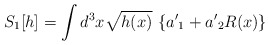
\begin{align*}S_1[h] = \int d^3x \sqrt{h(x)}~ \{ {a'}_1 +{a'}_2 R(x) \} \,\end{align*}